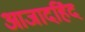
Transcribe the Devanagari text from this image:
आजादहिंद